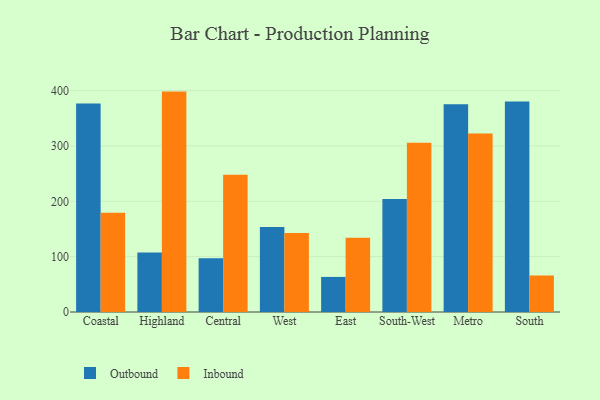
{"axis": {"x": "Region", "y": "LTV (USD)"}, "legend": ["Inbound", "Outbound"], "data": [{"x": "Coastal", "y": 376.6, "type": "Outbound"}, {"x": "Coastal", "y": 179.5, "type": "Inbound"}, {"x": "Highland", "y": 107.6, "type": "Outbound"}, {"x": "Highland", "y": 398.2, "type": "Inbound"}, {"x": "Central", "y": 97.1, "type": "Outbound"}, {"x": "Central", "y": 248.1, "type": "Inbound"}, {"x": "West", "y": 153.4, "type": "Outbound"}, {"x": "West", "y": 142.8, "type": "Inbound"}, {"x": "East", "y": 63.4, "type": "Outbound"}, {"x": "East", "y": 134.1, "type": "Inbound"}, {"x": "South-West", "y": 204.1, "type": "Outbound"}, {"x": "South-West", "y": 306.0, "type": "Inbound"}, {"x": "Metro", "y": 375.5, "type": "Outbound"}, {"x": "Metro", "y": 322.4, "type": "Inbound"}, {"x": "South", "y": 380.5, "type": "Outbound"}, {"x": "South", "y": 65.8, "type": "Inbound"}]}